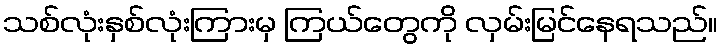
သစ်လုံးနှစ်လုံးကြားမှ ကြယ်တွေကို လှမ်းမြင်နေရသည်။